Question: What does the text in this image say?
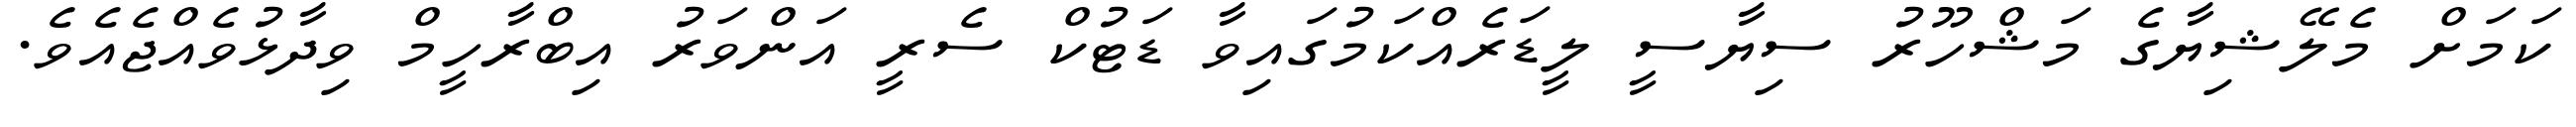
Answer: ކަމަށް މެލޭޝިޔާގެ މަޝްހޫރު ސިޔާސީ ލީޑަރެއްކަމުގައިވާ ޑަޓުކް ސެރީ އަންވަރު އިބްރާހީމް ވިދާޅުވެއްޖެއެވެ.